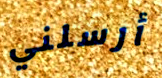
أرسلني